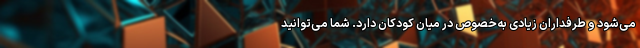
می‌شود و طرفداران زیادی به‌خصوص در میان کودکان دارد. شما می‌توانید